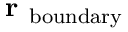
\textbf { r } _ { \mathrm { b o u n d a r y } }